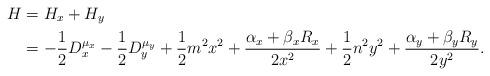
LaTeX: \begin{align*}H&=H_{x}+H_{y} \\&=-\frac{1}{2} D_{x}^{\mu_x}-\frac{1}{2} D_{y}^{\mu_y} + \frac{1}{2} m^{2} x^{2} +\frac{\alpha_{x} +\beta_{x} R_{x}}{ 2 x^{2}} + \frac{1}{2} n^{2} y^{2} +\frac{\alpha_{y} +\beta_{y} R_{y}}{ 2 y^{2}}.\end{align*}